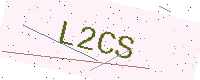
Text: L2CS